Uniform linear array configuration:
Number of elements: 4
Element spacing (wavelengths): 0.25
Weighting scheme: binomial
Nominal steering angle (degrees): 60
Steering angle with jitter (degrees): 58.779
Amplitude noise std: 0.05
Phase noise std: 0.05

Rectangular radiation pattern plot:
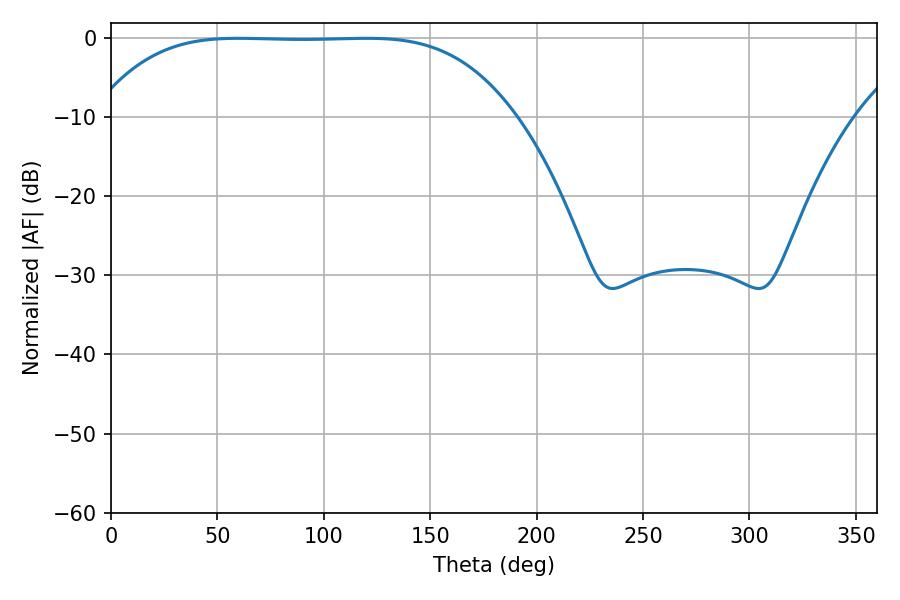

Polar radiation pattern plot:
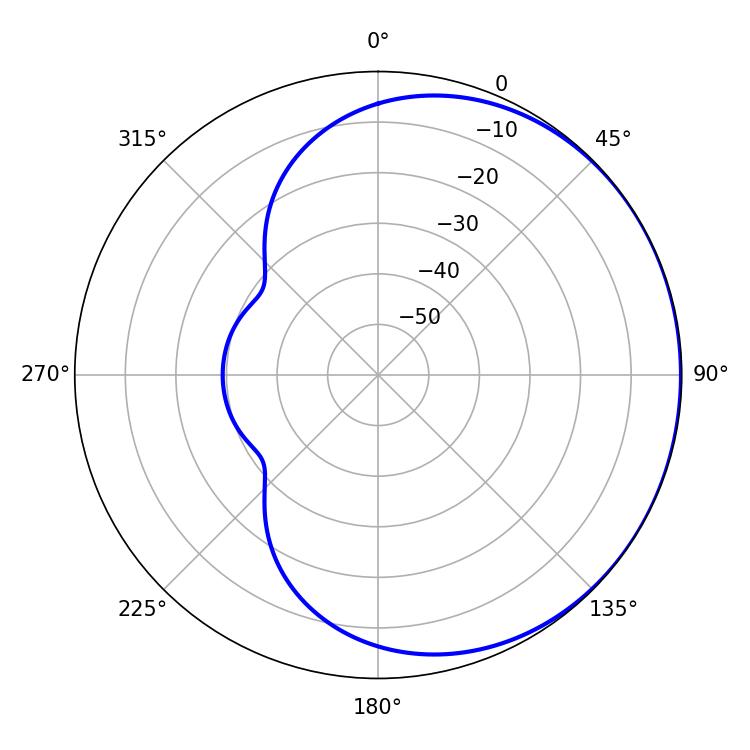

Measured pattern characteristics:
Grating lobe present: FALSE
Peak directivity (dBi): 0.4164
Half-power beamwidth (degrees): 150.48
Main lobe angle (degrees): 59.94